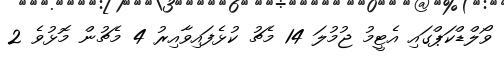
ވޯލްޑްކަޕްގައި އެޓީމު ޖުމުލަ 14 މެޗު ކުޅެފައިވާއިރު 4 މެޗުން މޮޅުވެ 2